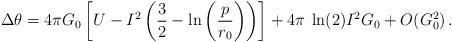
LaTeX: \begin{align*}\Delta\theta = 4 \pi G_0 \left[ U- I^2 \left( \frac{3}{2} -\ln\left(\frac{p}{r_0}\right) \right) \right] + 4 \pi \hspace{0.1cm}\ln (2) I^2G_0 + O(G_0 ^2) \, .\end{align*}